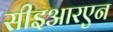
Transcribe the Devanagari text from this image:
सीइआरएन